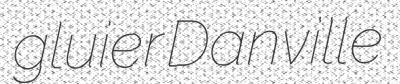
gluier Danville